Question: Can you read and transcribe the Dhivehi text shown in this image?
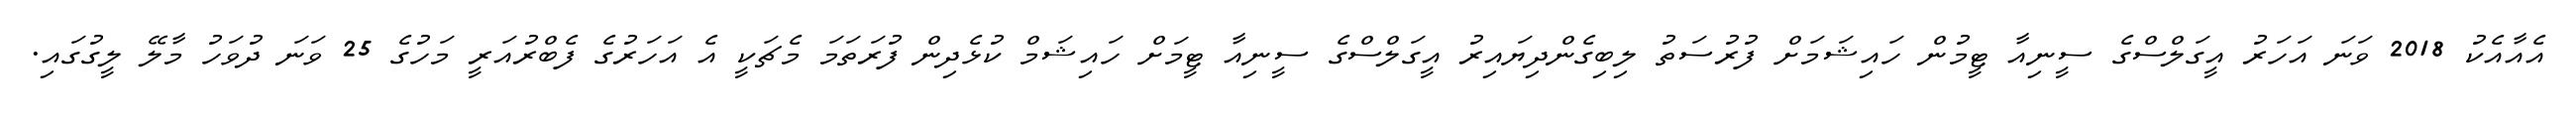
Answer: އެއާއެކު 2018 ވަނަ އަހަރު އީގަލްސްގެ ސީނިއާ ޓީމުން ހައިޝަމަށް ފުރުސަތު ލިބިގެންދިޔައިރު އީގަލްސްގެ ސީނިއާ ޓީމަށް ހައިޝަމް ކުޅެދިން ފުރަތަމަ މެޗަކީ އެ އަހަރުގެ ފެބްރުއަރީ މަހުގެ 25 ވަނަ ދުވަހު މާލޭ ލީގުގައި.